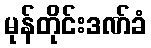
မုန်တိုင်းဒဏ်ခံ